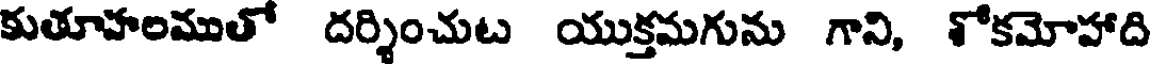
కుతూహలముతో దర్శించుట యుక్తమగును గాని, శోకమోహాది